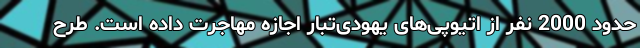
حدود 2000 نفر از اتیوپی‌های یهودی‌تبار اجازه مهاجرت داده است. طرح